Bréfritari: Sigríður Pálsdóttir
Viðtakandi: Páll Pálsson
Dagsetning: A-1864-12-22
Skrifað á: Breiðabólsstað  Rang.
Páll var bróðir Sigríðar

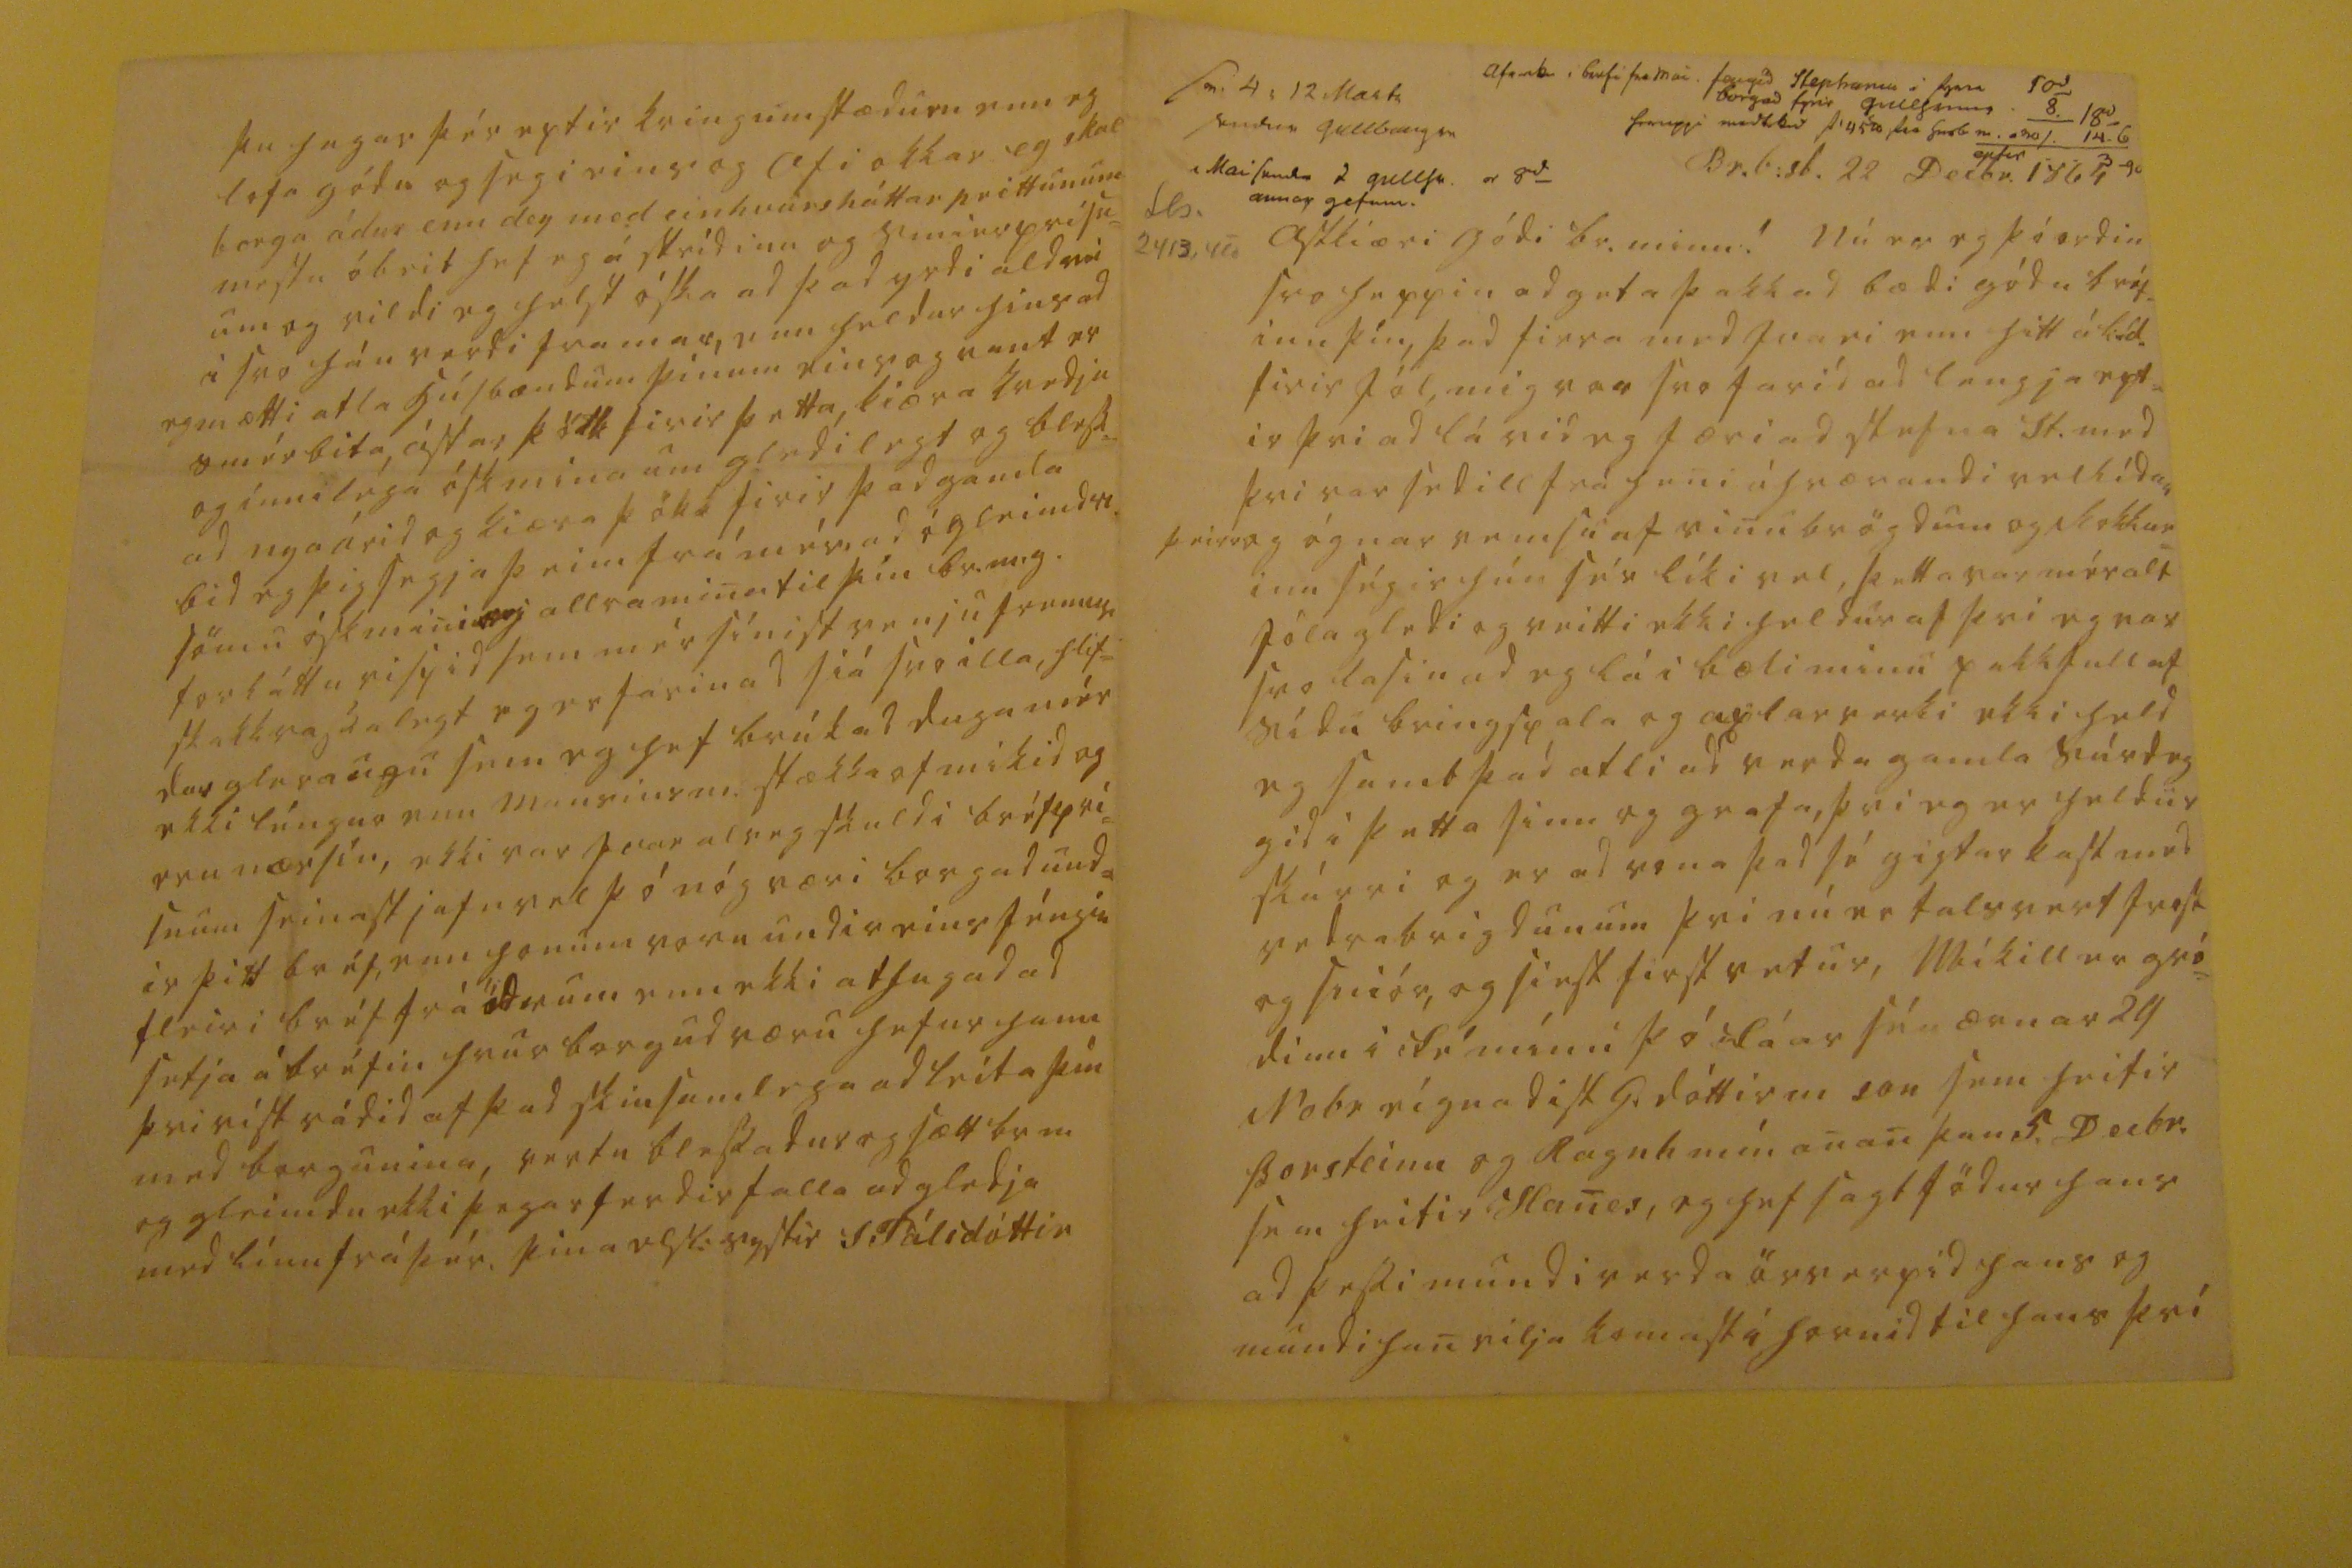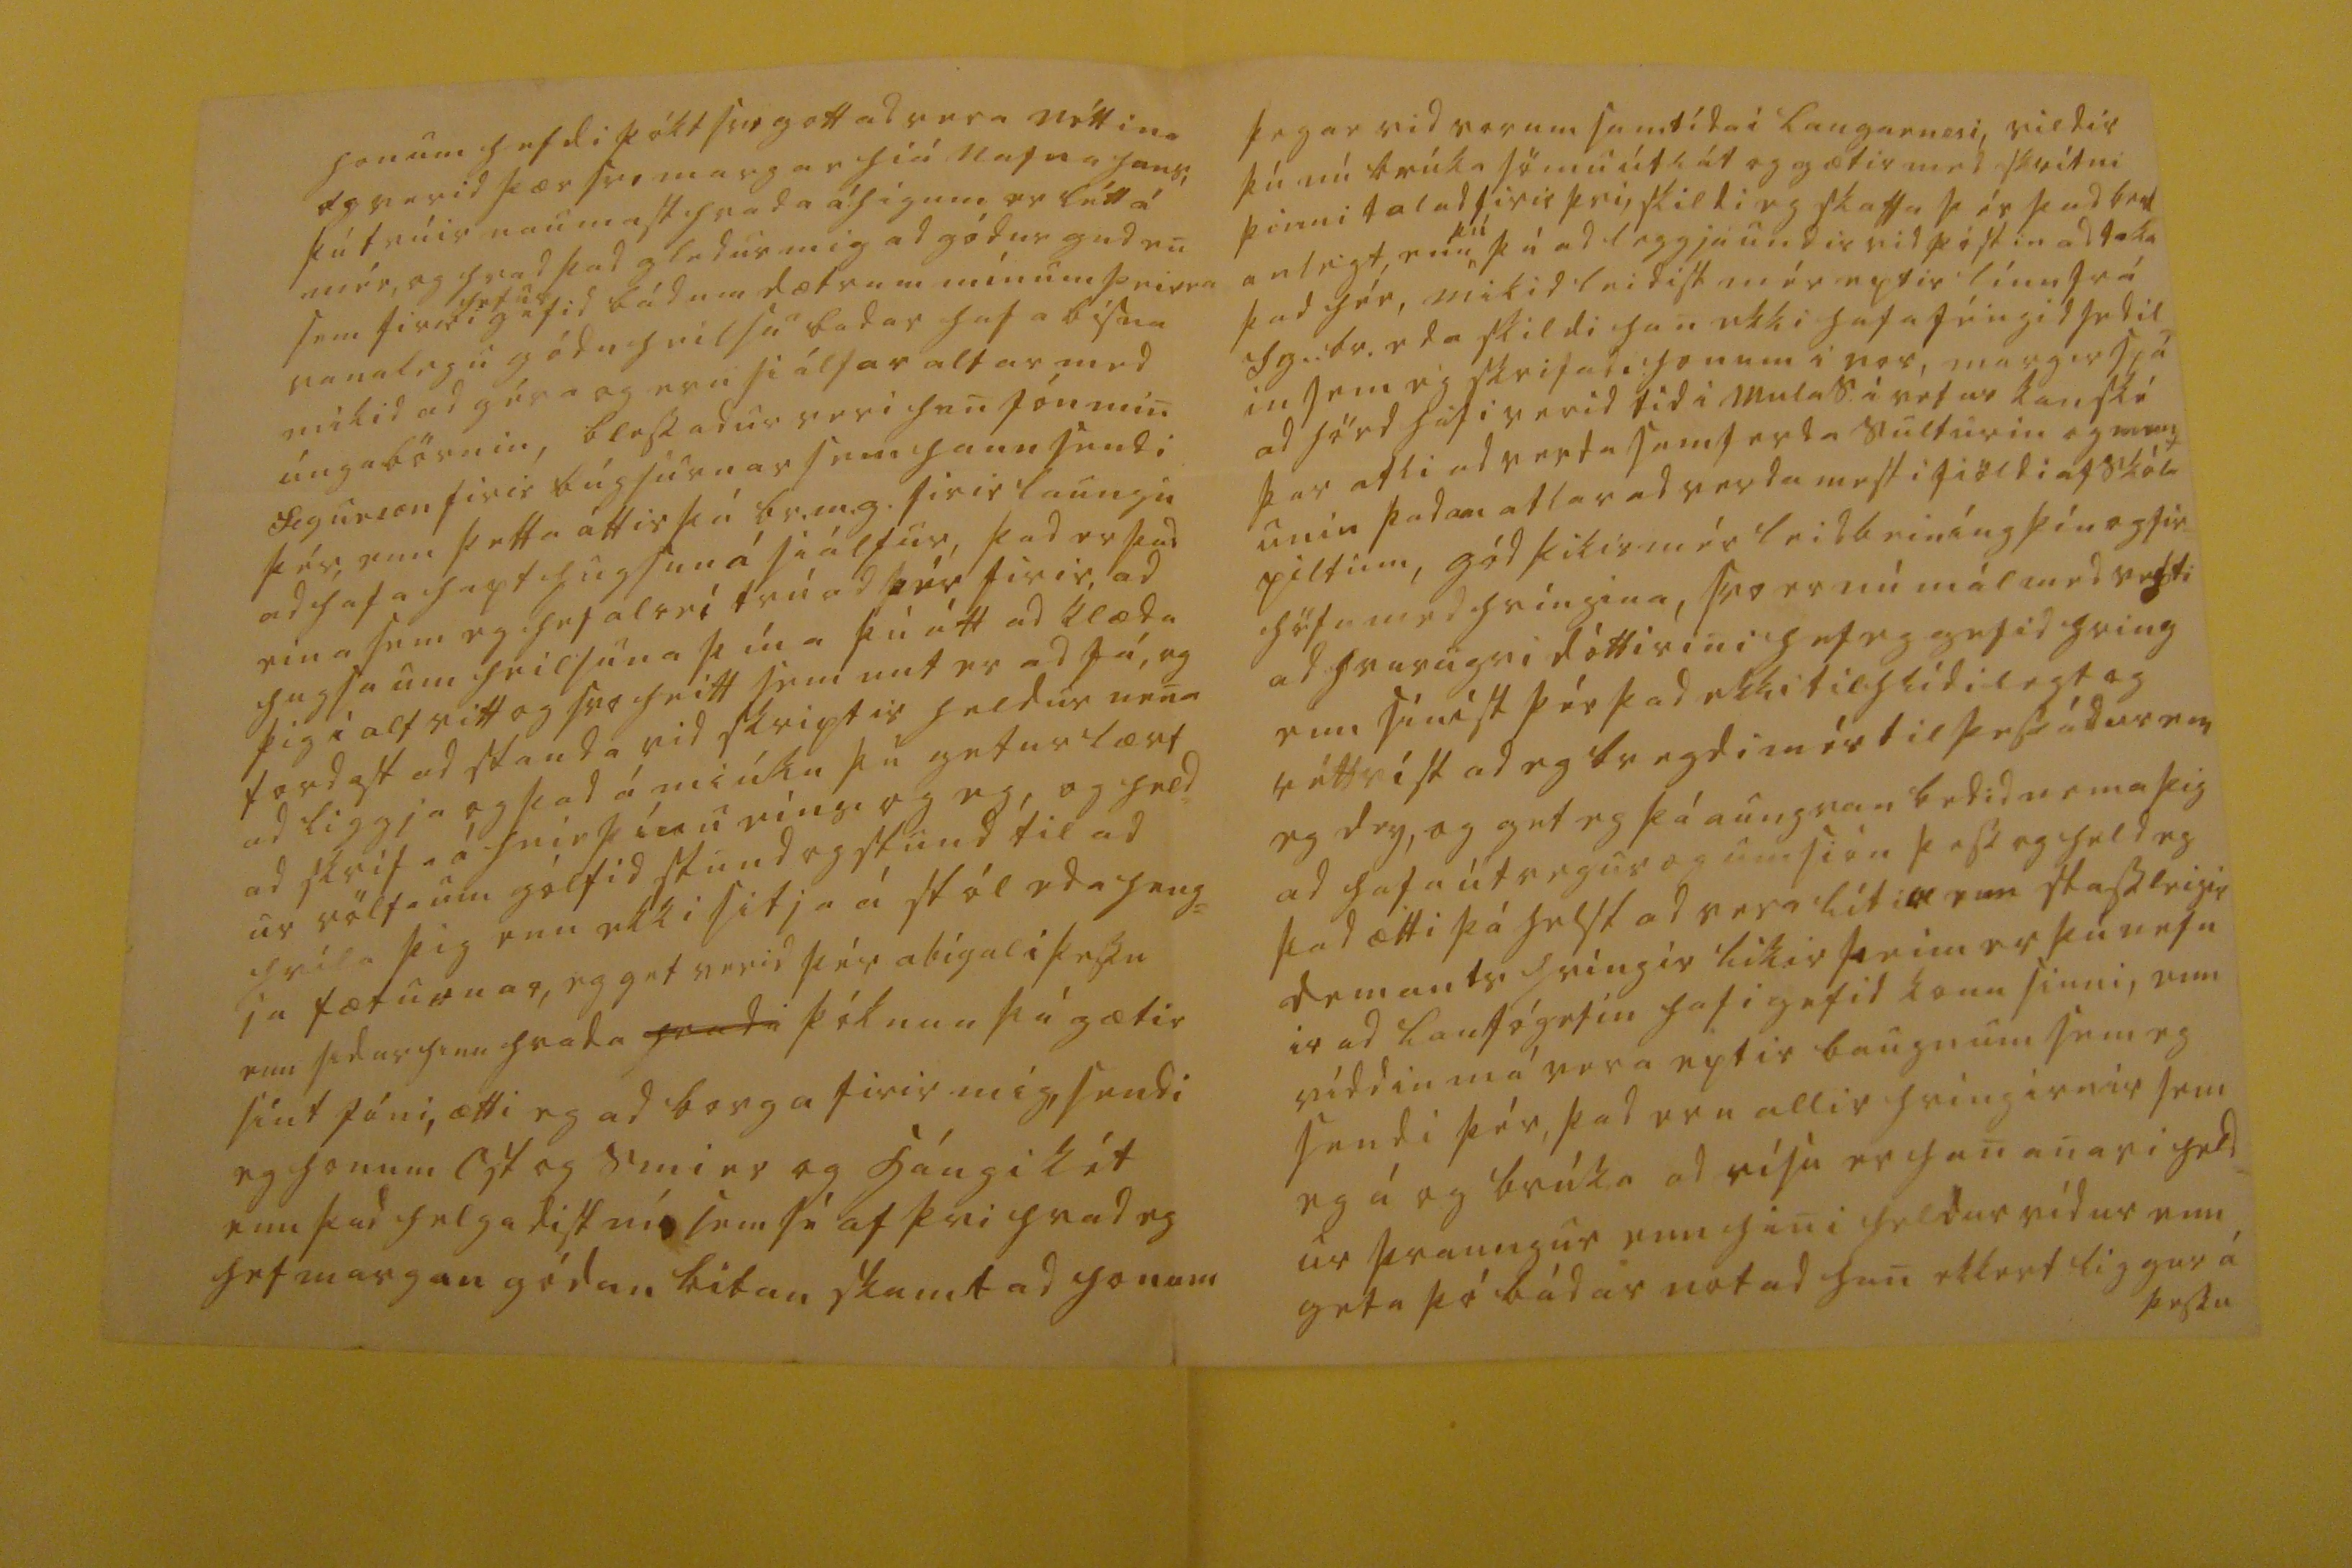

sv 4 12 Mar 64 sendur gullbaugur Mai senda 2 gullhr. er 8
d
annar gefinn
ofanb . i brefi fra mai. fengid Stephaniu i fyrra 5 Oct borgad fyrir gullhring hreppi med000 s 45 d svo husb m.
Br.b:st. 22 Decbr. 1864
ástkiæri gódi br. minn!
Nú er eg þó ordin svo heppin ad geta þakkad bædi gódu bréf= inu þín, þad firra med svari enn hitt
á líd.
firir jól, mig var svo farid ad lengja ept= ir þvi ad lá vid eg færi ad stefna St. med þvi var sedill frá heni áhrærandi vellídan þeira og ógnar vemsu af vinubrögdum og kokkur= inn ségir hún sér líki vel, þetta var mér alt jólagledi og veitti ekki heldur af þvi eg var svo lasin ad eg lá i bæli minu pakkfull af sídu bringspala og axlarverki ekki held eg samt þad atli ad verda gamla súrdeg gid i þetta sinn og grafa, þvi eg er heldur skárri og er ad vona þad sé gigarkast med vedrabrigdunum þvi nú er talsvert frost og sniór, og siest first vetur, Mikill er gró= dinn i fé mínu þó fáar séu ærnar 24 Nobr eígnadist G. dóttir m son sem heitir Þorsteinn og Ragnh mín anan þan 5. Decbr. sem heitir Hanes, eg hef sagt födur hans ad þessi mundi verda örverpid hans og mundi han vilja komast í hornid til hans því
honum hefdi þókt svo gott ad vera nóttina og varid þær svo margar hiá nafna hans, þú trúir naumast hvada áhigum er létt á mér, og hvad þad gledur mig ad gódur gud en sem firri
hefur
gefid bádum dætrum mínum þeirra vanalegu gódu heilsu badar hafa bísna mikid ad géra og eru siálfar altav med úngabörnin, blessadur veri han Jón min Sigurson firir búgsurnar sem hann sendi þér, enn þetta áttir þú br.m.g. firir laungu ad hafa hapt hugsun á siálfur, þad er þad eina sem eg hef
alvei
trúad þér firir ad hugsa um heilsuna þína þú átt ad klæda þig i alt vitt og svo heitt sem unt er ad fá, og fordast ad standa vid skriptir heldur nena ad liggja og þad á miúku þú getur lært ad skrifa á hnie þínu eins og eg, og held= ur völt um gólfid stund og stund til ad hvila þig enn ekki sitja á stól eda heng= ja gæturnar, eg get verid þér
abigal i
þessu enn sidur hinu hvada
hvada
þóknun þú gætir sínt Jóni, ætti eg ad borga firir mig, sendi eg honum ast og smier og hángikét enn þad helgadist nú sem sé af þvi hvad eg hef margan gódan bitan skamtad honum
þegar vid vorum samtída i Laugarnesi, vildir þú nú brúka sömu útlát og gætir med skrítni þinni talad firir þvi, skildi eg skaffa þér þad best= anlegt, enn
þú
þá ad leggja undir vid póstin ad taka þad hér, mikid leidist mér eptir línu frá Sg..br. eda skildi han ekki hafa féngid sedil in sem eg skrifadi honum i vor, margir spá ad hörd hafi verid tíd i Mula S. i vetur kanské þar atli ad verda samferda sulturin og
ment unin
þadan atlar ad verda mesti fiöldi af skóla piltum, gód þikir mér leidbeiníng þín og fir= höfn med hríngina, svo er nú mál med vexti ad hvurugri dóttirini hef eg gefid hring enn síníst þér þad ekki til hlídilegt og réttvist ad eg bregdi mér til þess ádur enn eg dey, og get eg þá aungvan bedid nema þig ad hafa útvegur og umsión þess og held eg þad ætti þá helst ad vera líti
0
enn stassleigir demants hríngir likir þeim er þú nefn ir ad lanfógetin hafi gefid konu sinni, enn víddin má vera eptir baugnum sem eg sendi þér, þad eru allir hringirnir sem eg á og brúka ad vísu er han anari held= ur þraungur enn hini heldur vídur enn geta þó bádar notad han ekkert liggur á þessu
þu hagar þér eptir kringumstædum enn eg lofa gódu og segi eins og afi okkar eg skal borga ádur enn dey med einhvursháttar
peittunum
mesta óbeit hef eg á skeidinu og smierprisn= um og vildi eg helst óska ad þad yrdi aldrei i svo háu verdi framar, enn heldur hins ad eg mætti atla húsbændum þínum eins og vant er smérbita ástar þökk firir þetta, kiæra kvedju og inniléga ósk mina um gledilegt og bless= ad nya árid og kiæra þökk firir þad gamla bid eg þig segja þeim frá mér ad ógleimd
00.
sömu ósk mini og allra mina til þín br.m.g. forláttu rispid sem mér sínist venju fremur skakkrassalegt eg er farin ad siá svo illa hlif= dar gleraugu sem eg hef brúkad duga mér ekki léngur enn mansins m. stækka of mikid og eru nærsín, ekki var
faar
alveg skuld i bréfpri= snum seinast jafnvel þó nóg væri borgad und= ir þitt bréf, enn honum voru undir eins féngin fleiri bréf frá ödrum enn ekki athugad ad setja á bréfin hvur borgad væru hefur hann þvi vist rádid af þad skinsamlega ad leita þín med borgunina, vertu blessadur og sæll br m og gleimdu ekki þegar ferdir falla ad gledja med línu frá þér,
þína elsk: systir
S. Pálsdóttir